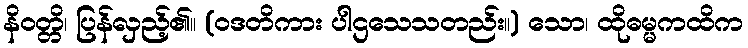
နိဝတ္တိ၊ ပြန်လှည့်၏။ (ဝဒတိကား ပါဌသေသတည်း။) သော၊ ထိုဓမ္မကထိက